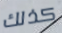
كذلك